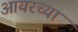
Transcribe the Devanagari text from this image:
आयरच्या